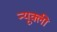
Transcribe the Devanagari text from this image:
न्यूक्ली